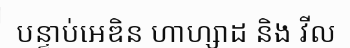
បន្ទាប់អេឌិន ហាហ្សាដ និង វីល